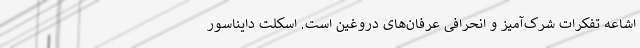
اشاعه تفکرات شرک‌آمیز و انحرافی عرفان‌های دروغین است. اسکلت دایناسور